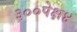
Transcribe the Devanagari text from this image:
३००पेक्ष४